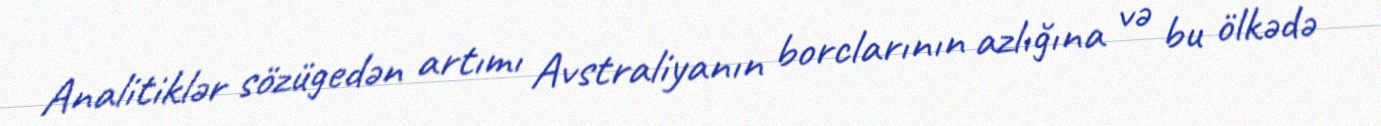
Analitiklər sözügedən artımı Avstraliyanın borclarının azlığına və bu ölkədə